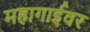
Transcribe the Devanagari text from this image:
महागाईवर